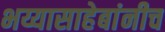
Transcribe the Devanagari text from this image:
भय्यासाहेबांनीच